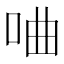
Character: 㖆